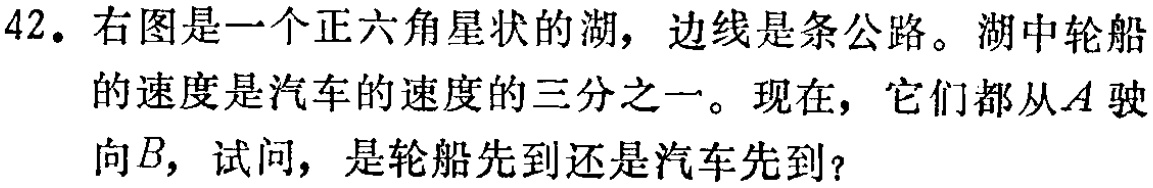
42. 右图是一个正六角星状的湖，边线是条公路。湖中轮船的速度是汽车的速度的三分之一。现在，它们都从\(A\)驶向\(B\)，试问，是轮船先到还是汽车先到？